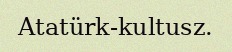
Atatürk-kultusz.